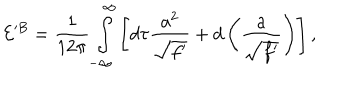
{ \cal E } ^ { B } = \frac 1 { 1 2 \pi } \int _ { - \infty } ^ { \infty } \left[ d \tau \frac { a ^ { 2 } } { \sqrt { f ^ { \prime } } } + d \left( \frac a { \sqrt { f ^ { \prime } } } \right) \right] ,